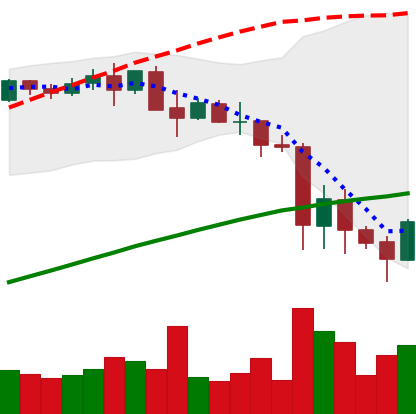
Ticker: BNB-USD
Chart end date: 2021-05-24
Forward return: -11.658%
Label: down_7plus